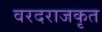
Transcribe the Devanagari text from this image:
वरदराजकृत